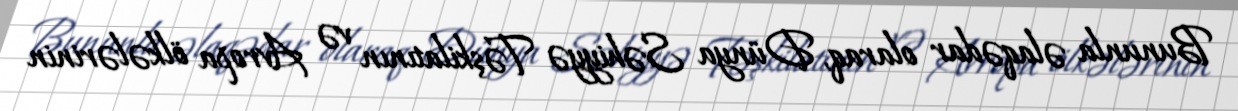
Bununla əlaqədar olaraq, Dünya Səhiyyə Təşkilatının və Avropa ölkələrinin